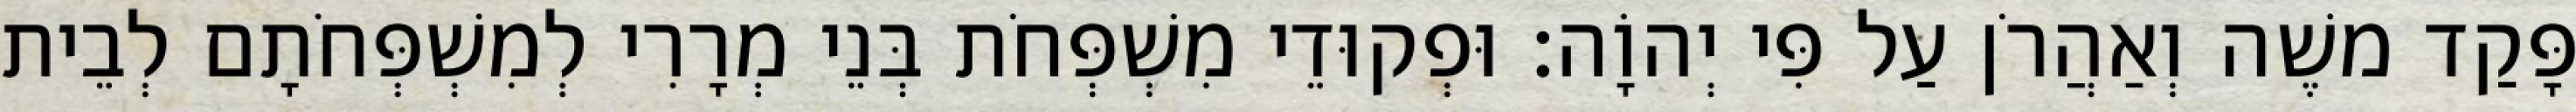
פָּקַד משֶׁה וְאַהֲרֹן עַל פִּי יְהוָֹה׃ וּפְקוּדֵי מִשְׁפְּחֹת בְּנֵי מְרָרִי לְמִשְׁפְּחֹתָם לְבֵית